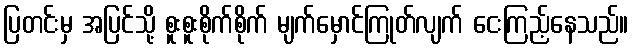
ပြတင်းမှ အပြင်သို့ စူးစူးစိုက်စိုက် မျက်မှောင်ကြုတ်လျက် ငေးကြည့်နေသည်။